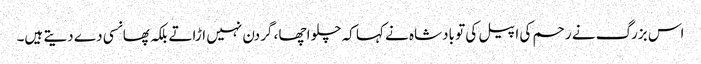
اس بزرگ نے رحم کی اپیل کی تو بادشاہ نے کہا کہ چلو اچھا ، گردن نہیں اڑاتے بلکہ پھانسی دے دیتے ہیں۔